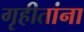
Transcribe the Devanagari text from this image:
गृहीतांना